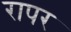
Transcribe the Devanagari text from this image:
रापर